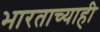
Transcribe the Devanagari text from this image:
भारताच्याही